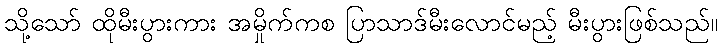
သို့သော် ထိုမီးပွားကား အမှိုက်ကစ ပြာသာဒ်မီးလောင်မည့် မီးပွားဖြစ်သည်။